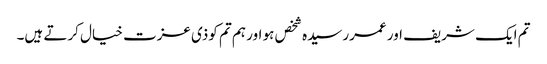
تم ایک شریف اور عمررسیدہ شخص ہو اور ہم تم کوذی عزت خیال کرتے ہیں۔